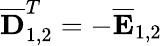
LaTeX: \overline{{\mathbf{D}}}_{1,2}^{T}=-\overline{{\mathbf{E}}}_{1,2}